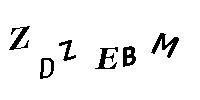
ZDZEBM